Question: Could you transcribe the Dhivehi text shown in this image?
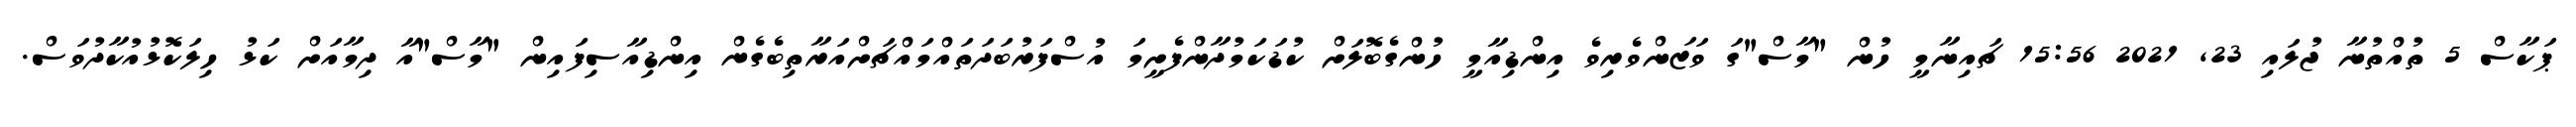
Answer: ޕަކާސް 5 ތުއްތުނާ ޖުލައި 23, 2021 15:56 ޗައިނާމީ ހުން "މާސް"ގަ ވަޒަންވެރިވެ އިންޑިއާމީ ހުންގެބޮލަށް ކުޑަކަމުދާންފެށީމަ އުސްފަރުބަދަތައްމައްޗަށްއަރާތިބެގެން އިންޑިއާސިފައިން "މާސް"އާ ދިމާއަށް ކަޅު ހިލަކޮޅުއުކާދުވަސް.